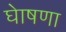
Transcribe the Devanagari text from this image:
घेाषणा